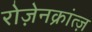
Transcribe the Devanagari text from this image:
रोज़ेनक्रांत्ज़